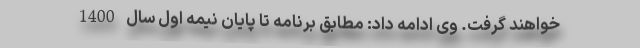
خواهند گرفت. وی ادامه داد: مطابق برنامه تا پایان نیمه اول سال 1400